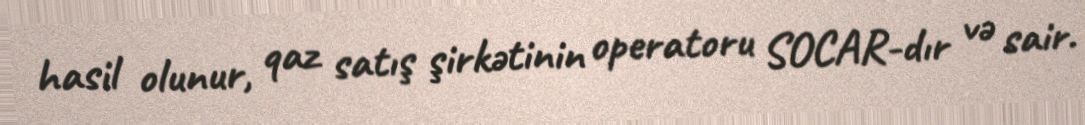
hasil olunur, qaz satış şirkətinin operatoru SOCAR-dır və sair.